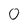
Character: 0